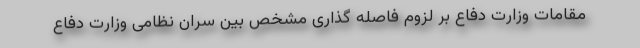
مقامات وزارت دفاع بر لزوم فاصله گذاری مشخص بین سران نظامی وزارت دفاع